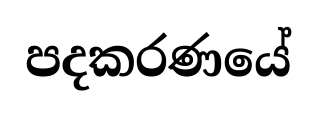
පදකරණයේ